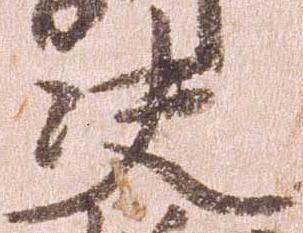
決